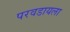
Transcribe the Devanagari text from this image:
परवडायला